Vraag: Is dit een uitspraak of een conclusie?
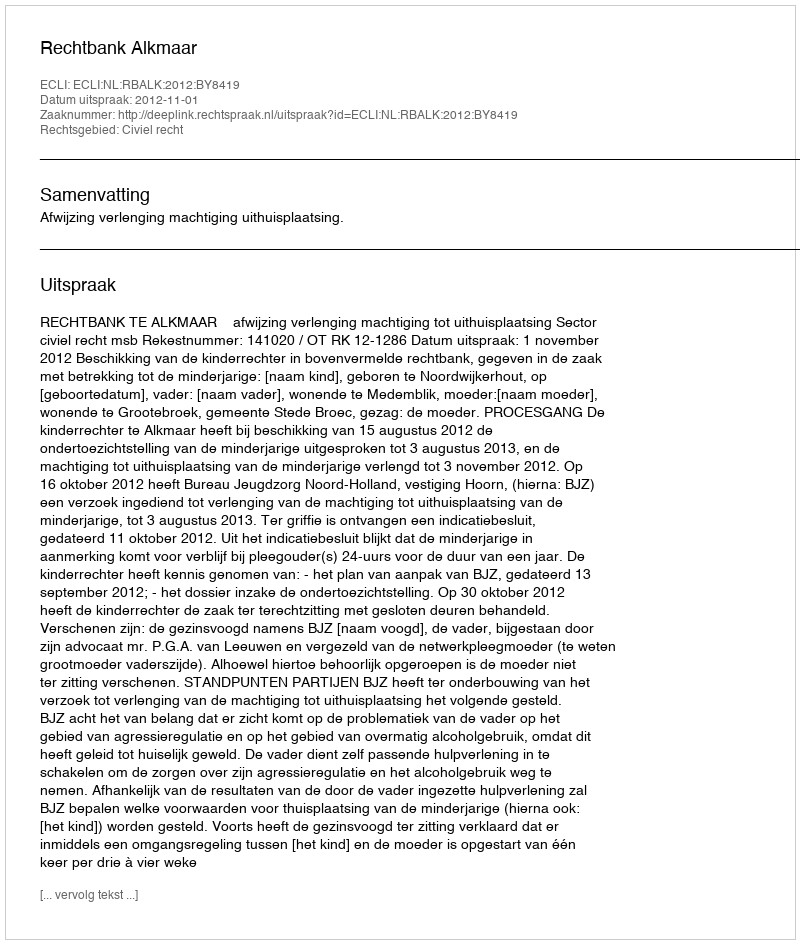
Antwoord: Uitspraak